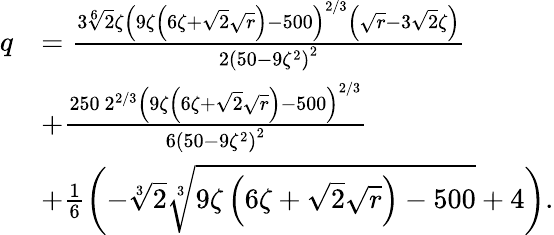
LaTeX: \begin{array}{rl}{q}&{=\frac{3\sqrt[6]{2}\zeta\left(9\zeta\left(6\zeta+\sqrt{2}\sqrt{r}\right)-500\right)^{2/3}\left(\sqrt{r}-3\sqrt{2}\zeta\right)}{2\left(50-9\zeta^{2}\right)^{2}}}\\ &{+\frac{250\ 2^{2/3}\left(9\zeta\left(6\zeta+\sqrt{2}\sqrt{r}\right)-500\right)^{2/3}}{6\left(50-9\zeta^{2}\right)^{2}}}\\ &{+\frac{1}{6}\left(-\sqrt[3]{2}\sqrt[3]{9\zeta\left(6\zeta+\sqrt{2}\sqrt{r}\right)-500}+4\right).}\end{array}